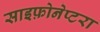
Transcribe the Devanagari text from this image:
साइफ़ोनेप्टरा